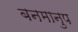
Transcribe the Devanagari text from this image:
बनमानुप